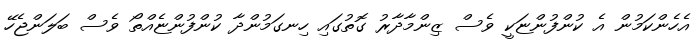
އެހެންކަމުން އެ ކުންފުންޏަކީ ވެސް ޒިންމާދާރު ގޮތުގައި ހިނގަމުންދާ ކުންފުންޏެއްތޯ ވެސް ބަލަންޖެހޭ